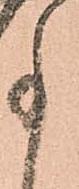
事